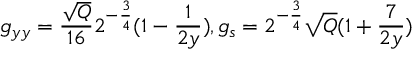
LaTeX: g _ { y y } = \frac { \sqrt { Q } } { 1 6 } 2 ^ { - \frac { 3 } { 4 } } ( 1 - \frac { 1 } { 2 y } ) , g _ { s } = 2 ^ { - \frac { 3 } { 4 } } \sqrt { Q } ( 1 + \frac { 7 } { 2 y } )